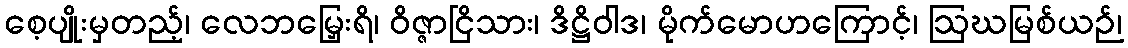
စေ့ပျိုးမှတည့်၊ လေဘမြှေးရိ၊ ဝိဇ္ဇာငြိသား၊ ဒိဋ္ဌိဝါဒ၊ မိုက်မောဟကြောင့်၊ ဩဃမြစ်ယဉ်၊